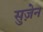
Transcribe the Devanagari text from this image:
सुज़ेन